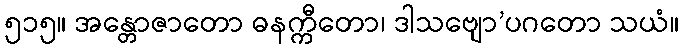
၅၁၅။ အန္တောဇာတော ဓနက္ကီတော၊ ဒါသဗျော’ပဂတော သယံ။